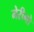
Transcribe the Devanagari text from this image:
मेरीनो